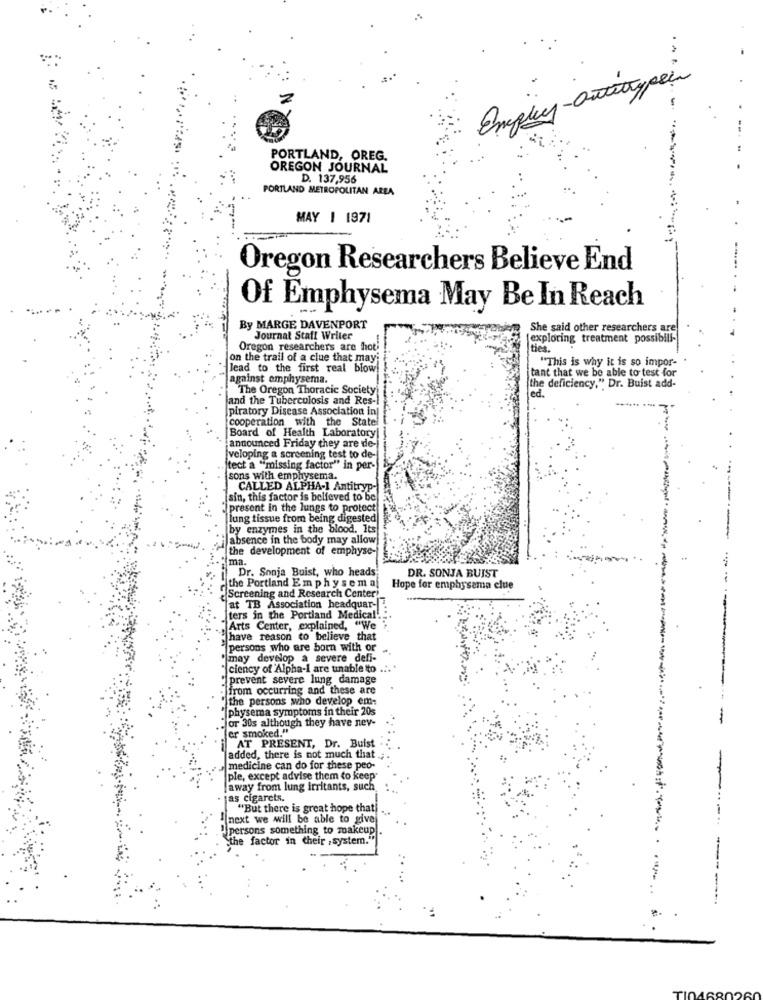
Emplay-Outitypein
-
PORTLAND, OREG.
OREGON JOURNAL
D. 137,956
PORTLAND METROPOLITAN AREA
MAY 1 1971
Oregon Researchers Believe End
Of Emphysema May Be In Reach
By MARGE DAVENPORT
She said other researchers are
Journal Staff Writer
exploring treatment possibili-
Oregon researchers are hot
ties.
on the trail of a clue that may
"This is why it is so impor-
lead to the first real blow
tant that we be able to test for
against emphysema.
The Oregon Thoracic Society
ed.
he deficiency," Dr. Buist add-
and the Tuberculosis and Res -!
piratory Disease Association in
cooperation with the Statel
Board of Health Laboratory
announced Friday they are de-
veloping a screening test to de-
ect a "missing factor" in per-
sons with emphysema.
CALLED ALPHA-1 Antitryp-
sin, this factor is believed to be
present in the lungs to protect
lung tissue from being digested
by enzymes in the blood. Its
absence in the body may allow
"the development of emphyse-
ma.
Dr. Sonja Buist, who heads
DR. SONJA BUIST
the Portland Em physem af
Hope for emphysema clue
Screening and Research Center"
at TB Association headquar-
ters in the Portland Medical
Arts Center, explained, "We
have reason to believe that
persons who are born with or
may develop a severe defi-
"ciency of Alpha-I are unable to
"|prevent severe lung damage
from occurring and these are
" the persons who develop em-
physema symptoms in their 20s
or 30s although they have ney-
er smoked."
AT PRESENT, Dr. Buist
added, there is not much that
medicine can do for these peo-
ple, except advise them to keep
away from lung irritants, such
jas cigarets.
"But there is great hope thati
next we will be able to give
persons something to makeup
the factor in cheir , system."
.